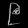
Digit: ၉